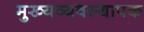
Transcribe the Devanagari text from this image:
मुख्यव्यवस्थापक